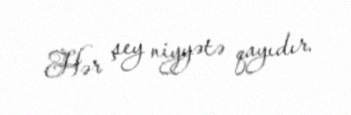
Hər şey niyyətə qayıdır.